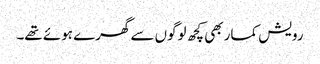
رویش کمار بھی کچھ لوگوں سے گھرے ہوئے تھے۔